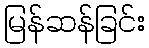
မြန်ဆန်ခြင်း